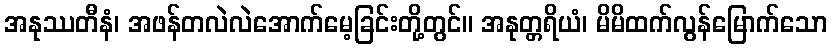
အနုဿတီနံ၊ အဖန်တလဲလဲအောက်မေ့ခြင်းတို့တွင်။ အနုတ္တရိယံ၊ မိမိထက်လွန်မြောက်သော